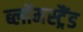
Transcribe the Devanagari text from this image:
ब्लॉमस्ट्रैंड